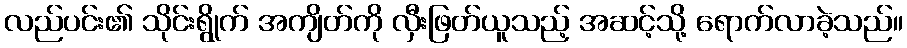
လည်ပင်း၏ သိုင်းရွိုက် အကျိတ်ကို လှီးဖြတ်ယူသည့် အဆင့်သို့ ရောက်လာခဲ့သည်။